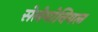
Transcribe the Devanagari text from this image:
सेलेमोनियल